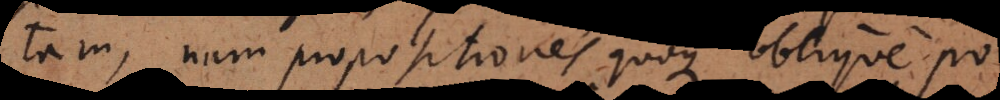
relatam, nam propositiones quoque oblique